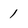
Character: 1